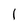
Character: 1